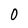
Character: 0